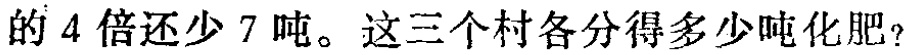
的 4 倍还少 7 吨。这三个村各分得多少吨化肥?